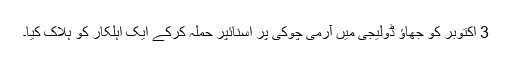
3 اکتوبر کو جھاؤ ڈولیجی میں آرمی چوکی پر اسنائپر حملہ کرکے ایک اہلکار کو ہلاک کیا۔